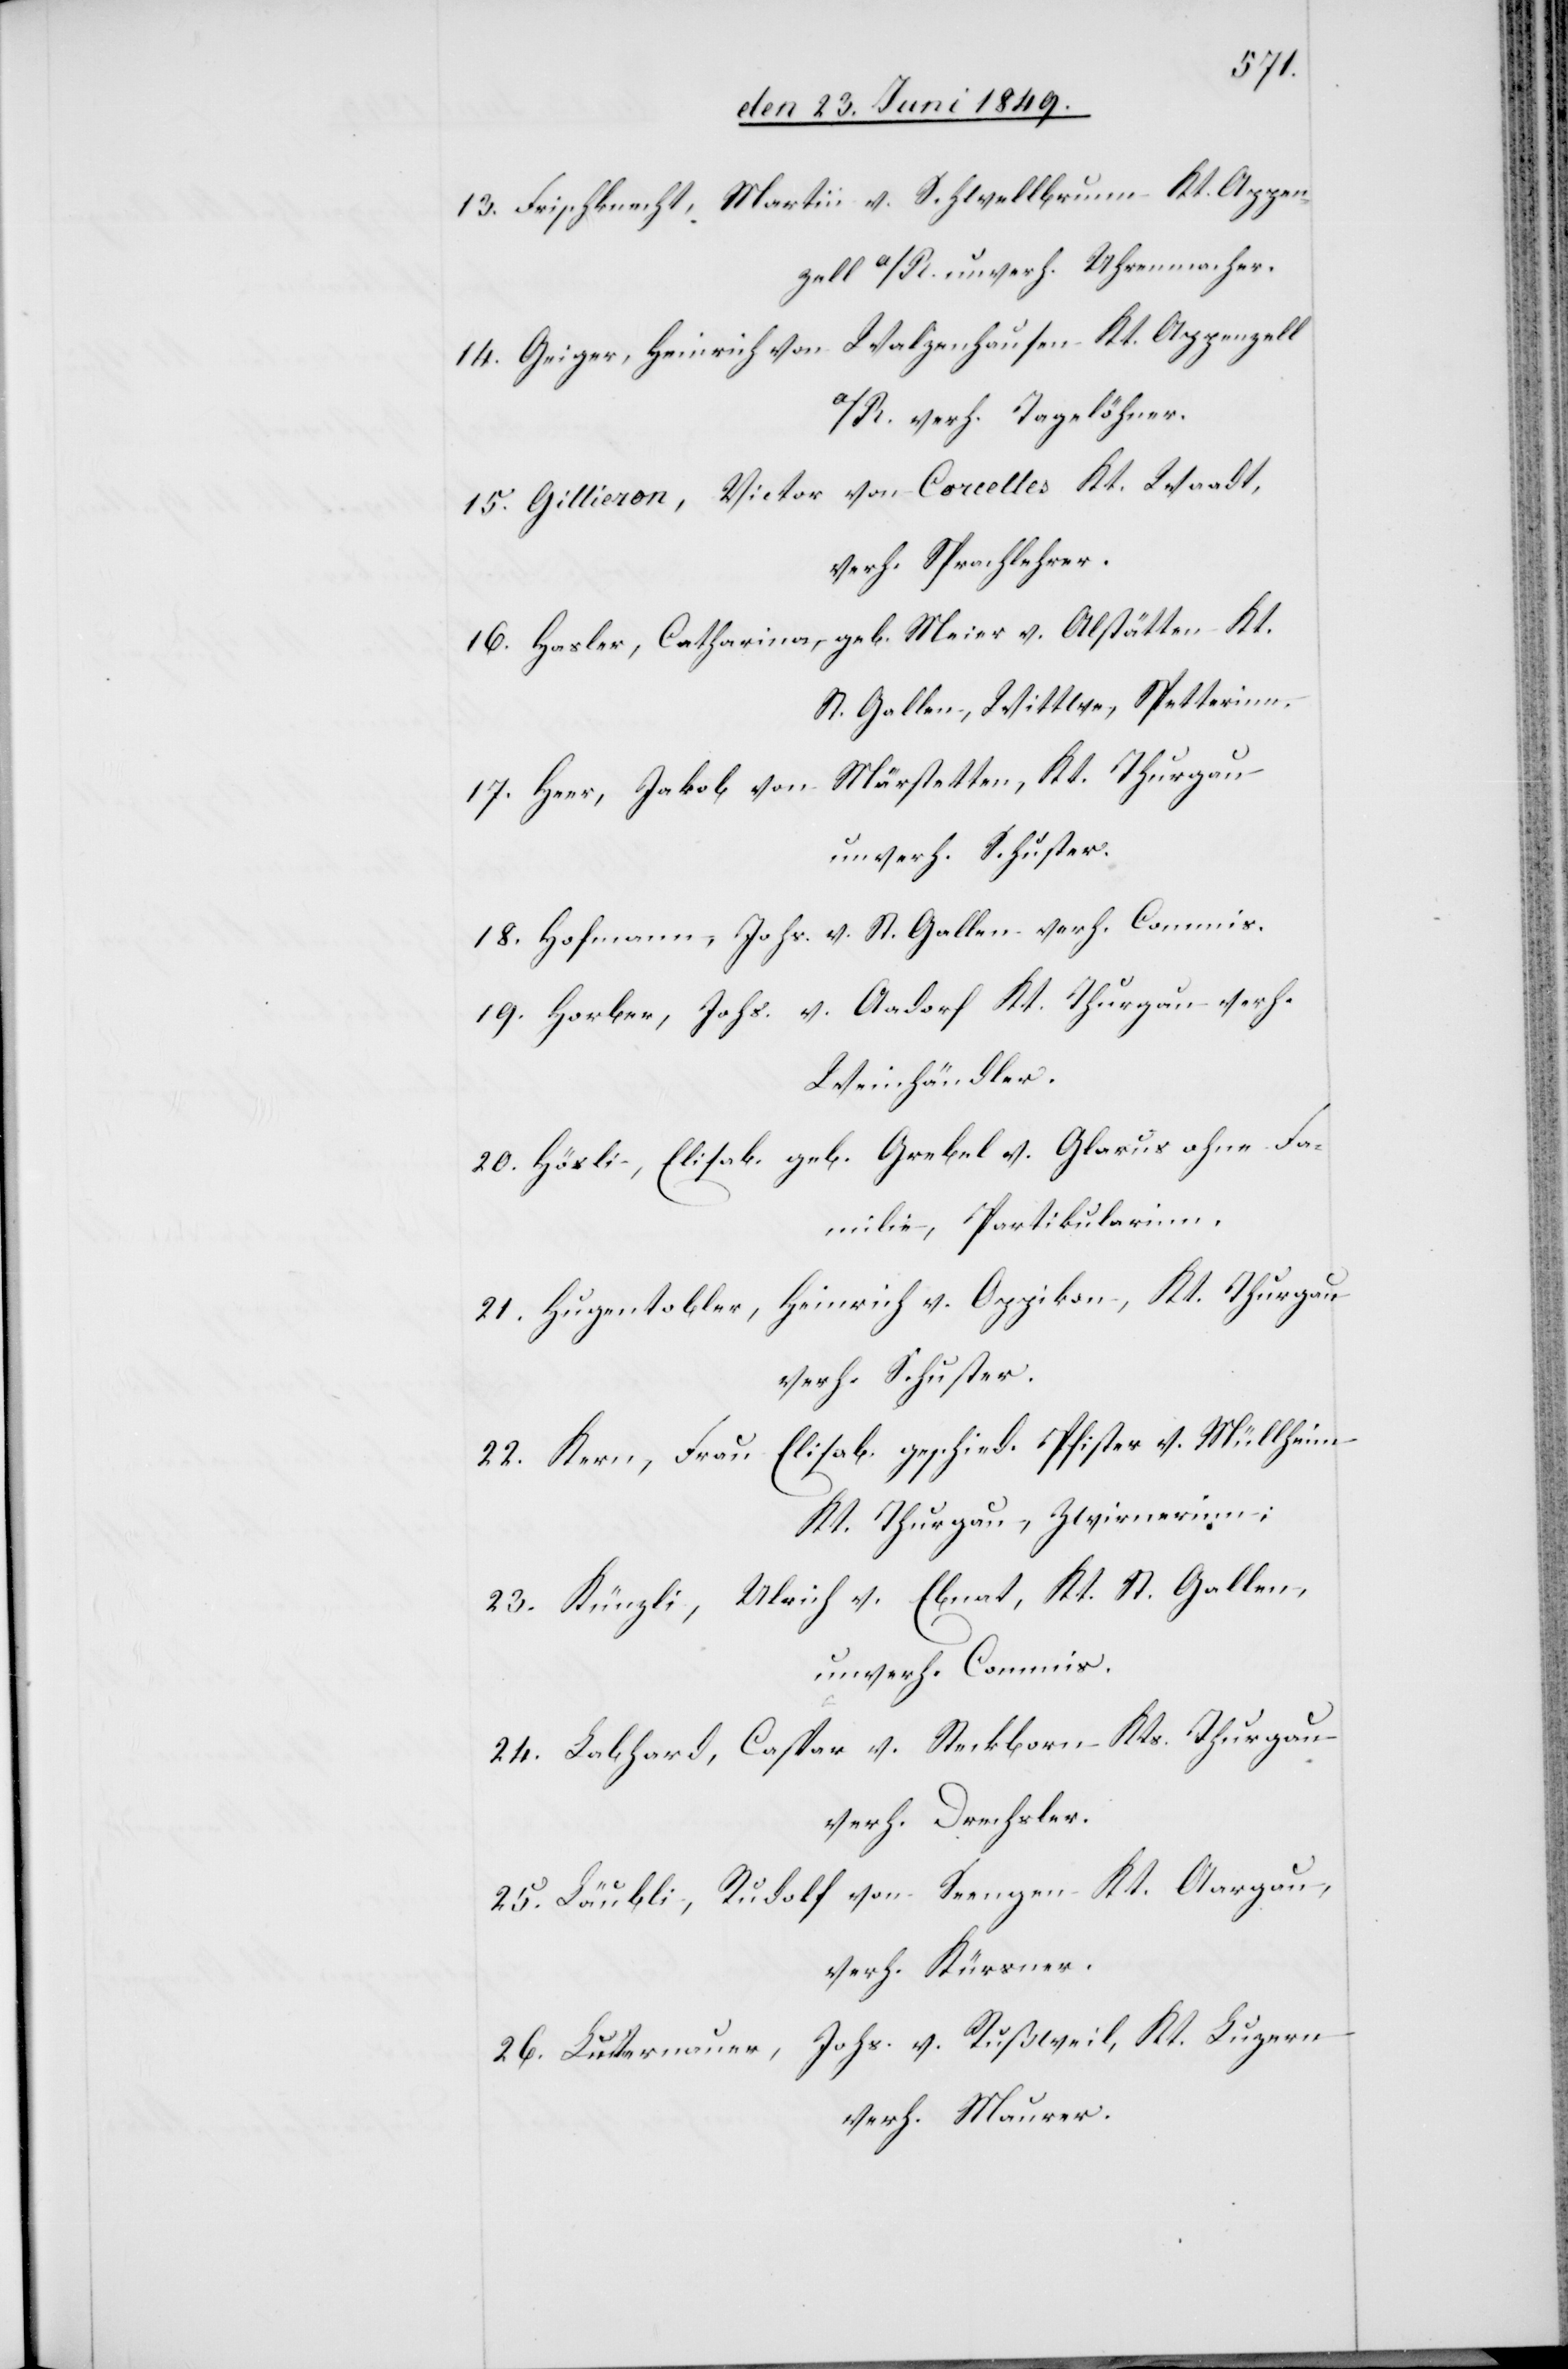
13. Frischknecht, Martin v. Schwellbrunn Kt. Appen¬
zell a/R. unverh. Uhrenmacher.
14. Geiger, Heinrich von Walzenhausen Kt. Appenzell
a/R. verh. Tagelöhner.
15. Gillieron, Victor von Corcelles Kt. Waadt,
verh. Sprachlehrer.
16. Hasler, Catharina, geb. Meier v. Altstätten Kt.
St. Gallen, Wittwe, Spetterinn.
17. Heer, Jakob von Märstetten, Kt. Thurgau
unverh. Schuster.
18. Hofmann, Johs. v. St. Gallen verh. Commis.
19. Horber, Johs. v. Aadorf Kt. Thurgau verh.
Weinhändler.
20. Hösli, Elisab. geb. Grebel v. Glarus ohne Fa¬
milie, Partikularinn.
21. Hugentobler, Heinrich v. Oppikon, Kt. Thurgau
verh. Schuster.
22. Kern, Frau Elisab. geschied. Pfister v. Müllheim
Kt. Thurgau, Zwirnerinn;
23. Künzli, Ulrich v. Ebnat, Kt. St. Gallen,
unverh. Commis.
24. Labhard, Caspar v. Steckborn Kts. Thurgau
verh. Drechsler.
25. Läubli, Rudolf von Seengen Kt. Aargau,
verh. Kürvner.
26. Lutermauer, Johs. v. Rußweil, Kt. Luzern
verh. Maurer.